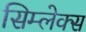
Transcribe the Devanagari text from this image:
सिम्लेक्स